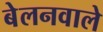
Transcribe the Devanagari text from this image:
बेलनवाले